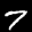
Label: 7